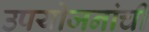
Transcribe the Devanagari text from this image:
उपयोजनांची